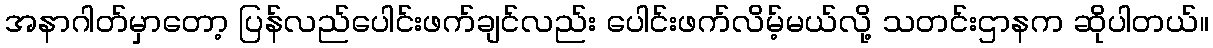
အနာဂါတ်မှာတော့ ပြန်လည်ပေါင်းဖက်ချင်လည်း ပေါင်းဖက်လိမ့်မယ်လို့ သတင်းဌာနက ဆိုပါတယ်။